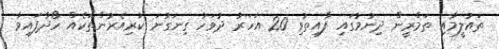
ތައުލީމާއި ތަމްރީން ދިނުމުގައި ފާއިތުވި 20 އަހަރު ދުވަހު ގިނަގުނަ ކުރިއެރުންތަކެއް ހޯދާފައިވާ